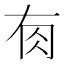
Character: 𰭿